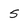
Character: 5